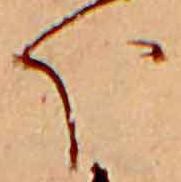
ほ